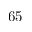
6 5